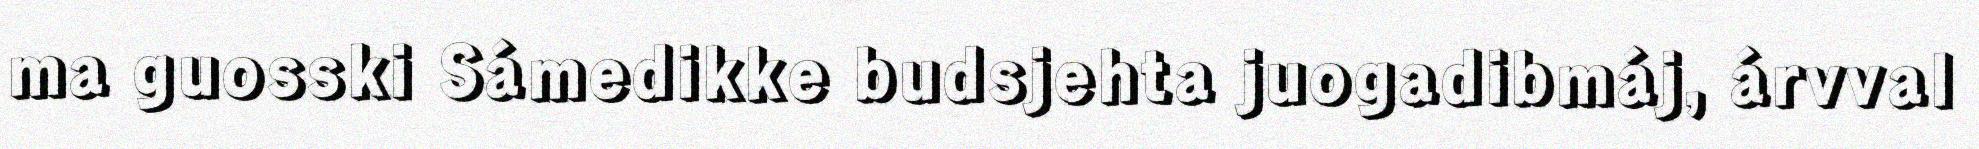
ma guosski Sámedikke budsjehta juogadibmáj, árvval